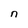
Character: n